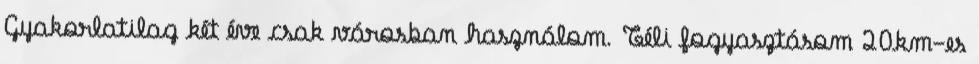
Gyakorlatilag két éve csak városban használom. Téli fogyasztásom 20km-es